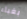
بغباء